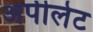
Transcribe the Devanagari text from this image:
अपीलेट